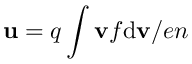
{ \mathbf u } = q \int { \mathbf v } f \mathrm { d } { \mathbf v } / e n